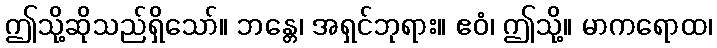
ဤသို့ဆိုသည်ရှိသော်။ ဘန္တေ၊ အရှင်ဘုရား။ ဧဝံ၊ ဤသို့။ မာကရောထ၊